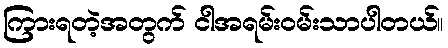
ကြားရတဲ့အတွက် ငါအရမ်းဝမ်းသာပါတယ်။